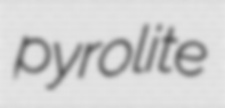
pyrolite